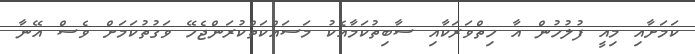
ކަމަށާއި މިއީ ފުލުހުން އާ ހިތްވަރަކާއި ސާބިތުކަމާއެކު މަސައްކަތްކުރަންޖެހޭ ވަގުތުކަމަށް ވެސް އޭނާ